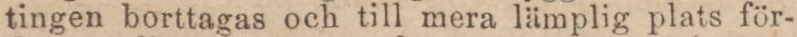
tingen borttagas och till mera lämplig plats för-